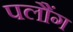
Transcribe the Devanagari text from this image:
पलौंग